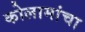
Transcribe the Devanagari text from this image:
कोलामांचा